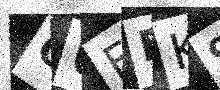
Text: OUFFK9